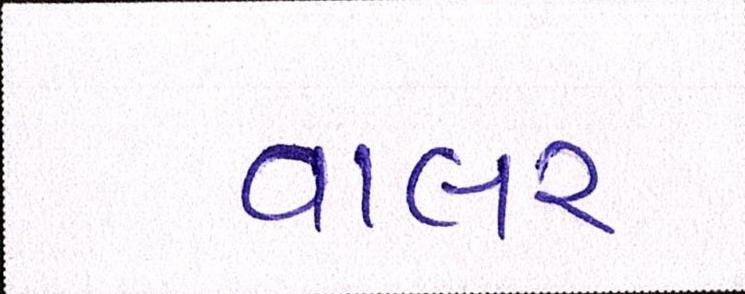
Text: વાલર